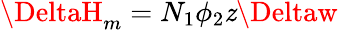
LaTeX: \DeltaH_{m}=N_{1}\phi_{2}\mathit{z}\Deltaw